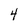
Character: 4